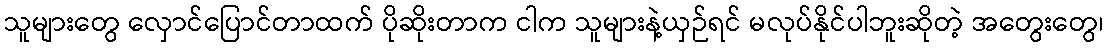
သူများတွေ လှောင်ပြောင်တာထက် ပိုဆိုးတာက ငါက သူများနဲ့ယှဉ်ရင် မလုပ်နိုင်ပါဘူးဆိုတဲ့ အတွေးတွေ၊